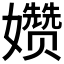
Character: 𫲗